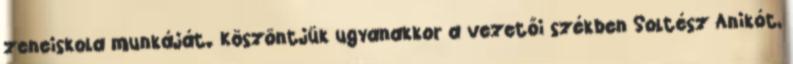
zeneiskola munkáját. Köszöntjük ugyanakkor a vezetői székben Soltész Anikót,